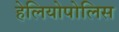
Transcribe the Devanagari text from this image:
हेलियोपोलिस